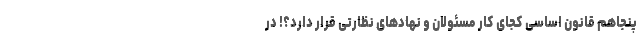
پنجاهم قانون اساسی کجای کار مسئولان و نهادهای نظارتی قرار دارد؟! در